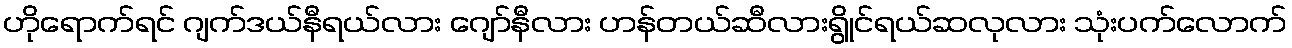
ဟိုရောက်ရင် ဂျက်ဒယ်နီရယ်လား ဂျော်နီလား ဟန်တယ်ဆီလားရွိုင်ရယ်ဆလုလား သုံးပက်လောက်